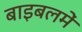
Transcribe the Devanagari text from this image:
बाइबलमें